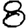
Digit: 8